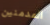
المدمنين